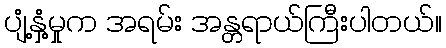
ပျံ့နှံ့မှုက အရမ်း အန္တရာယ်ကြီးပါတယ်။